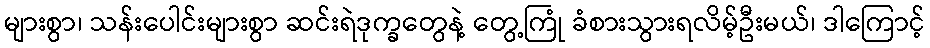
များစွာ၊ သန်းပေါင်းများစွာ ဆင်းရဲဒုက္ခတွေနဲ့ တွေ့ကြုံ ခံစားသွားရလိမ့်ဦးမယ်၊ ဒါကြောင့်